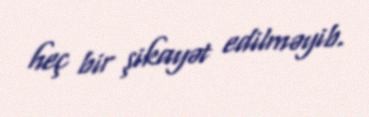
heç bir şikayət edilməyib.